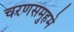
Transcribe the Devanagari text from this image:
चरणसमुहमे